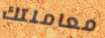
معاملتك